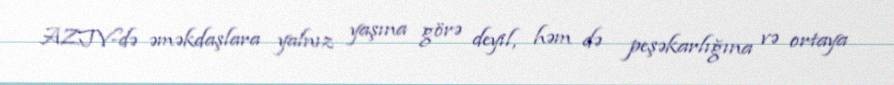
AZTV-də əməkdaşlara yalnız yaşına görə deyil, həm də peşəkarlığına və ortaya